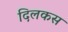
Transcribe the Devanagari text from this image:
दिलकस